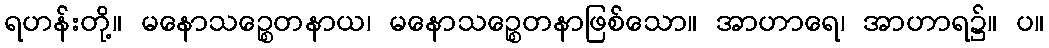
ရဟန်းတို့။ မနောသဉ္စေတနာယ၊ မနောသဉ္စေတနာဖြစ်သော။ အာဟာရေ၊ အာဟာရ၌။ ပ။